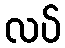
လပ်